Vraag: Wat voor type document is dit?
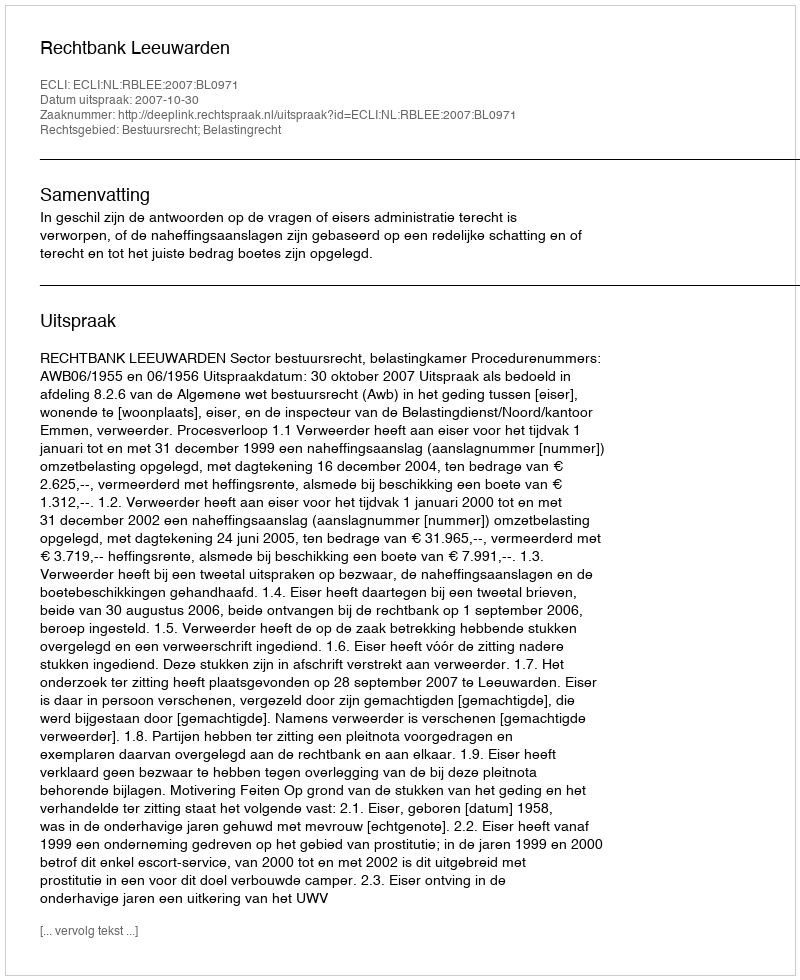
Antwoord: Uitspraak